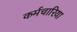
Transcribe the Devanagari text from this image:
कर्मचारिया